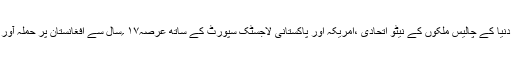
پھر دنیا کے چالیس ملکوں کے نیٹو اتحادی ،امریکہ اور پاکستانی لاجسٹک سپورٹ کے ساتھ عرصہ۱۷ ؍سال سے افغانستان پر حملہ آور ہیں۔